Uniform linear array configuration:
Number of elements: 12
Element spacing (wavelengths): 1
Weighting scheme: binomial
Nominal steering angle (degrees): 15
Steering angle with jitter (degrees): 13.48
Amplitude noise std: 0.05
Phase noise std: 0.05

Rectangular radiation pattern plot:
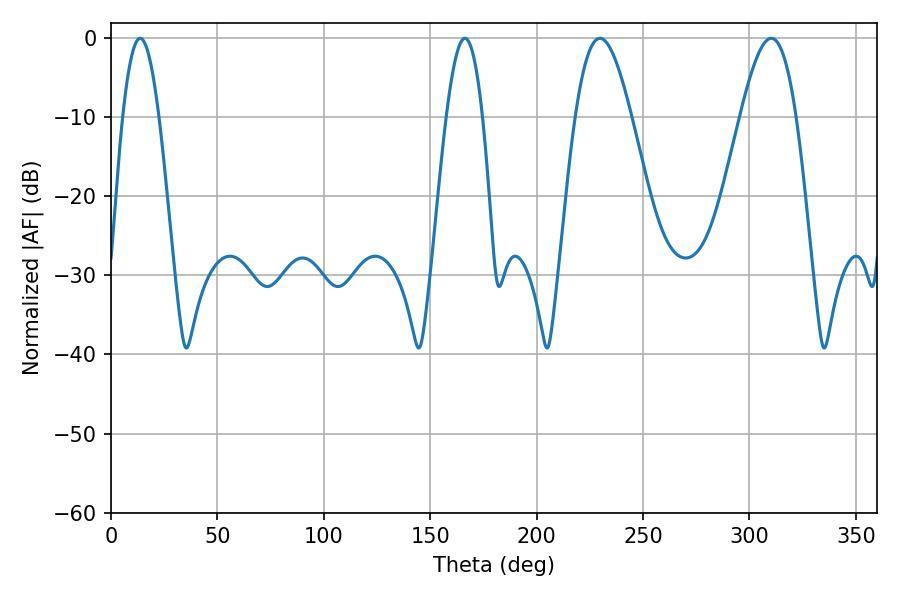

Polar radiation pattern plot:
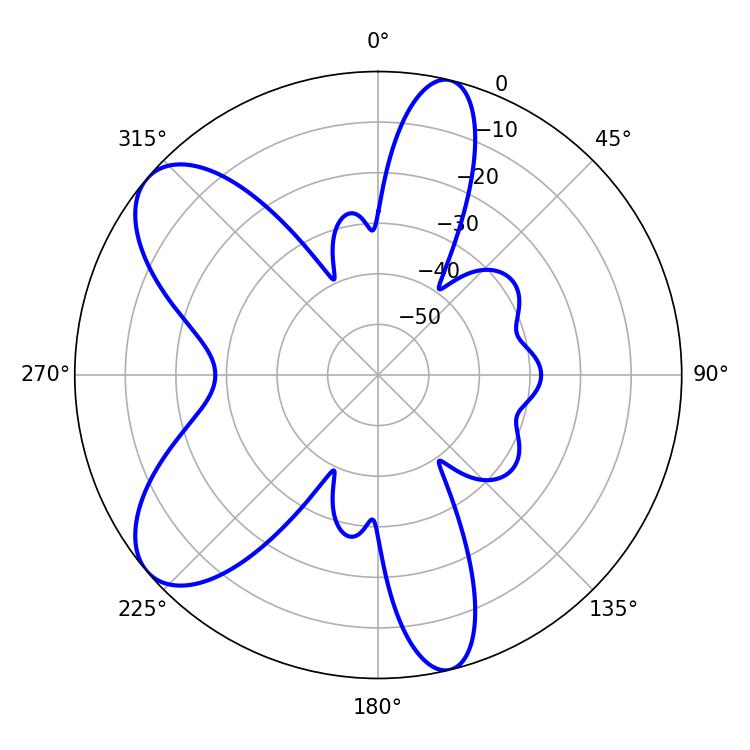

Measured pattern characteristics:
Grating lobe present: TRUE
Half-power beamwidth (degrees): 9.18
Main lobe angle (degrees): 13.68